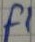
Text: F1